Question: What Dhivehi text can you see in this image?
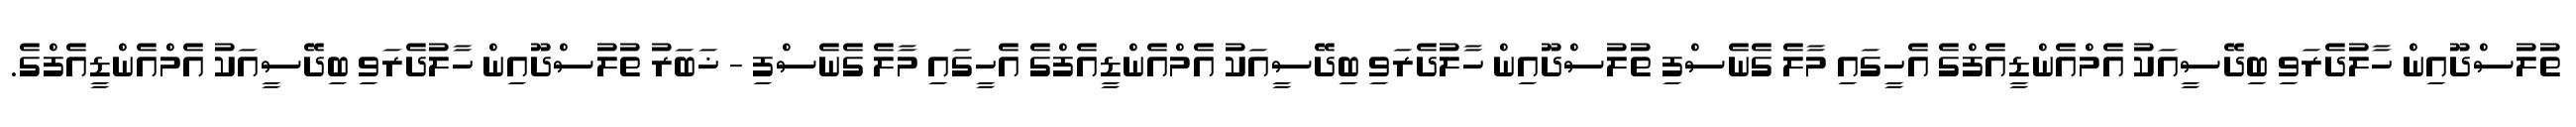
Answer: ތުލުސްދޫއިން ހާލުދެރަވި ބިދޭސީއަކު އެމްއެންޑީއެފްގެ އެހީގައި މާލެ ގެނެސްފި ތުލުސްދޫއިން ހާލުދެރަވި ބިދޭސީއަކު އެމްއެންޑީއެފްގެ އެހީގައި މާލެ ގެނެސްފި - ޚަބަރު ތުލުސްދޫއިން ހާލުދެރަވި ބިދޭސީއަކު އެމްއެންޑީއެފްގެ.